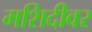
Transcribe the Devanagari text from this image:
मशिदीवर